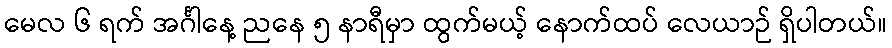
မေလ ၆ ရက် အင်္ဂါနေ့ ညနေ ၅ နာရီမှာ ထွက်မယ့် နောက်ထပ် လေယာဉ် ရှိပါတယ်။